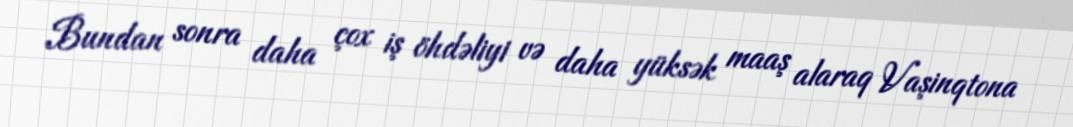
Bundan sonra daha çox iş öhdəliyi və daha yüksək maaş alaraq Vaşinqtona